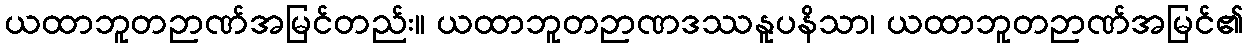
ယထာဘူတဉာဏ်အမြင်တည်း။ ယထာဘူတဉာဏဒဿနူပနိသာ၊ ယထာဘူတဉာဏ်အမြင်၏